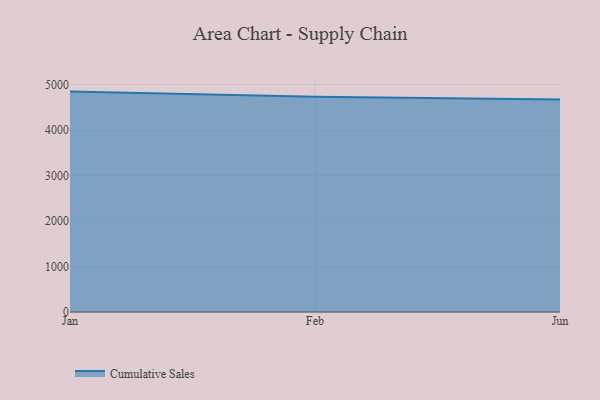
{"axis": {"x": "Month", "y": "Demand Index"}, "legend": ["Cumulative Sales"], "data": [{"x": "Jan", "y": 4845.9, "type": "Cumulative Sales"}, {"x": "Feb", "y": 4732.6, "type": "Cumulative Sales"}, {"x": "Jun", "y": 4672.3, "type": "Cumulative Sales"}]}